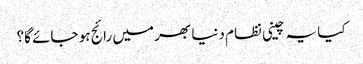
کیا یہ چینی نظام دنیا بھر میں رائج ہو جائے گا؟